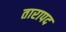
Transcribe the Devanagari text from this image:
तारापद